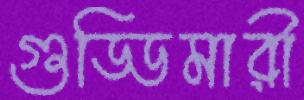
গুড্ডিমারী